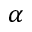
\alpha